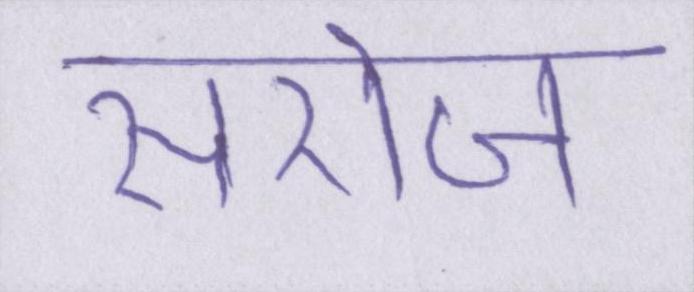
सरोज